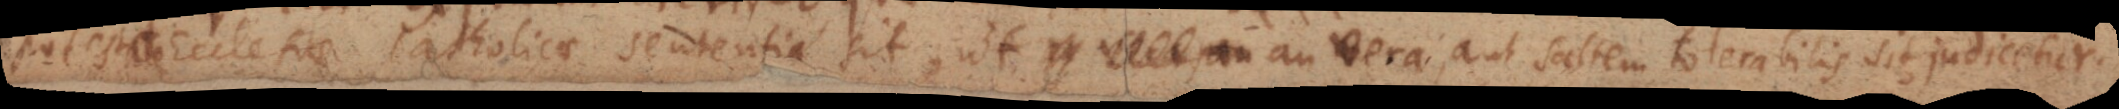
Ecclesiae Catholicae sententia sit, ut an vera, aut saltem tolerabilis sit, judicetur.